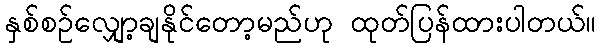
နှစ်စဉ်လျှော့ချနိုင်တော့မည်ဟု ထုတ်ပြန်ထားပါတယ်။